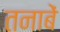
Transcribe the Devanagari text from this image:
तनाबें